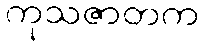
ကုသဇာတက